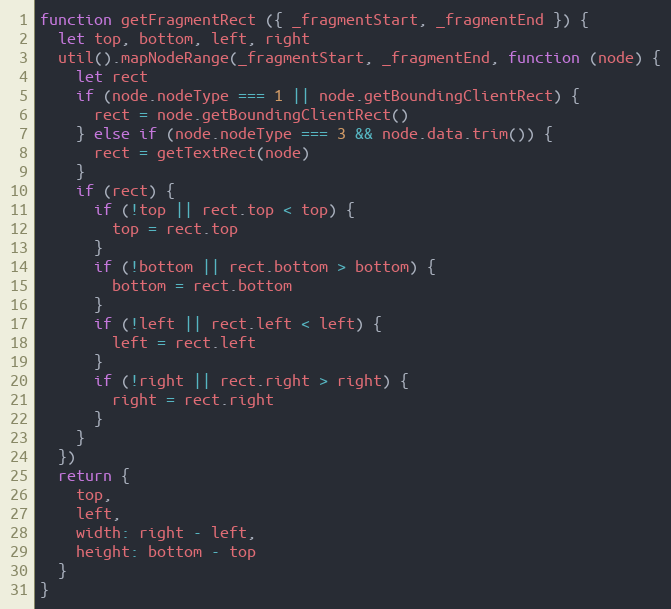
Language: JavaScript
function getFragmentRect ({ _fragmentStart, _fragmentEnd }) {
  let top, bottom, left, right
  util().mapNodeRange(_fragmentStart, _fragmentEnd, function (node) {
    let rect
    if (node.nodeType === 1 || node.getBoundingClientRect) {
      rect = node.getBoundingClientRect()
    } else if (node.nodeType === 3 && node.data.trim()) {
      rect = getTextRect(node)
    }
    if (rect) {
      if (!top || rect.top < top) {
        top = rect.top
      }
      if (!bottom || rect.bottom > bottom) {
        bottom = rect.bottom
      }
      if (!left || rect.left < left) {
        left = rect.left
      }
      if (!right || rect.right > right) {
        right = rect.right
      }
    }
  })
  return {
    top,
    left,
    width: right - left,
    height: bottom - top
  }
}